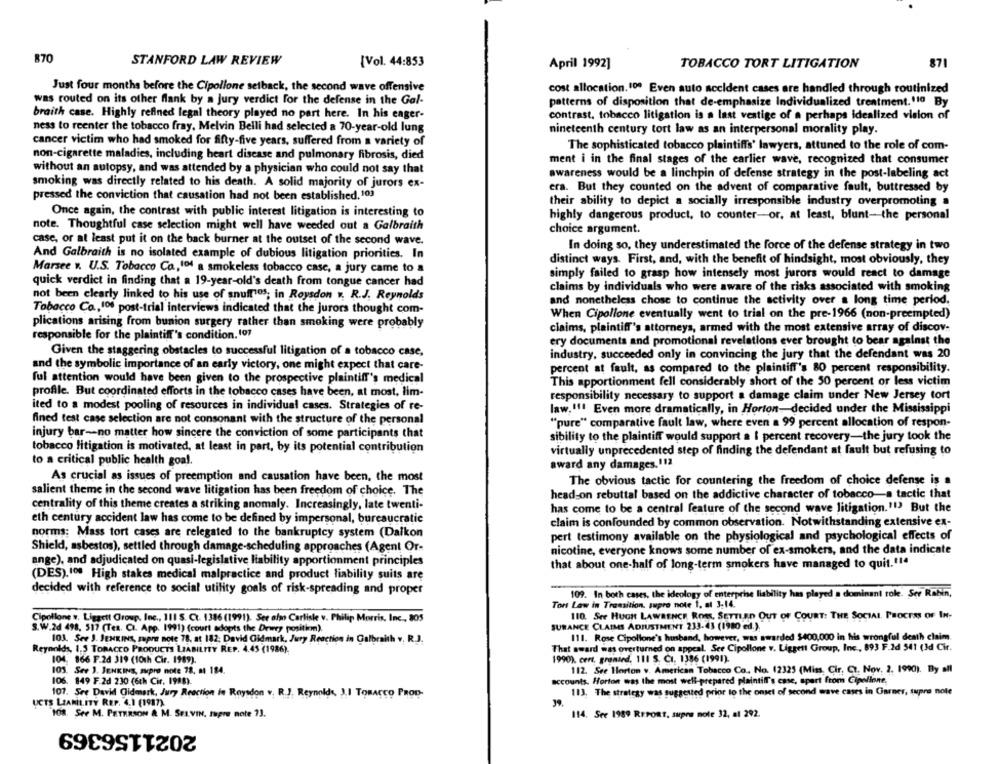
870
STANFORD LAW REVIEW
[Vol. 44:853
April 1992]
TOBACCO TORT LITIGATION
871
Just four months before the Cipollone seiback, the second wave offensive
cost allocation. 100 Even auto accident cases are handled through routinized
was routed on its other flank by a Jury verdict for the defense in the Gal-
patterns of disposition that de-emphasize Individualized treatment. 110 By
braith case. Highly refined legal theory played no part here. In his eager-
contrast, tobacco litigation is a last vestige of a perhaps idealized vision of
ness to reenter the tobacco fray, Melvin Belli had selected a 70-year-old lung
nineteenth century tort law as an interpersonal morality play.
cancer victim who had smoked for fifty-five years, suffered from a variety of
The sophisticated tobacco plaintiffs' lawyers, attuned to the role of com-
non-cigarette maladies, including heart disease and pulmonary fibrosis, died
ment i in the final stages of the earlier wave, recognized that consumer
without an autopsy, and was attended by a physician who could not say that
awareness would be a linchpin of defense strategy in the post-labeling act
smoking was directly related to his death. A solid majority of jurors ex-
era. But they counted on the advent of comparative fault, buttressed by
pressed the conviction that causation had not been established. 103
their ability to depict a socially irresponsible industry overpromoting a
Once again, the contrast with public interest litigation is interesting to
highly dangerous product, to counter-or, at least, blunt-the personal
note. Thoughtful case selection might well have weeded out a Galbraith
choice argument.
case, or at least put it on the back burner at the outset of the second wave.
In doing so, they underestimated the force of the defense strategy in two
And Galbraith is no isolated example of dubious litigation priorities. In
distinct ways. First, and, with the benefit of hindsight, most obviously, they
Marsee v. U.S. Tobacco Ca,14 a smokeless tobacco case, a jury came to a
simply failed to grasp how intensely most jurors would react to damage
quick verdict in finding that a 19-year-old's death from tongue cancer had
claims by individuals who were aware of the risks associated with smoking
not been clearly linked to his use of snuff1os; in Roysdon v. R.J. Reynolds
and nonetheless chose to continue the activity over a long time period.
Tobacco Co,100 post-trial interviews indicated that the jurors thought com-
When Cipollone eventually went to trial on the pre-1966 (non-preempted)
plications arising from bunion surgery rather than smoking were probably
claims, plaintiff's attorneys, armed with the most extensive array of discov-
responsible for the plaintiff's condition. 197
ery documents and promotional revelations ever brought to bear against the
Given the staggering obstacles to successful litigation of a tobacco case,
industry, succeeded only in convincing the jury that the defendant was 20
and the symbolic importance of an early victory, one might expect that care-
percent at fault, as compared to the plaintiff's 80 percent responsibility.
ful attention would have been given to the prospective plaintiff's medical
This apportionment fell considerably short of the 50 percent or less victim
profile. But coordinated efforts in the tobacco cases have been, at most, lim-
responsibility necessary to support a damage claim under New Jersey tort
ited to a modest pooling of resources in individual cases. Strategies of re-
law.11. Even more dramatically, in Horton-decided under the Mississippi
fined test case selection are not consonant with the structure of the personal
"pure" comparative fault law, where even a 99 percent allocation of respon-
injury bar-no matter how sincere the conviction of some participants that
sibility to the plaintiff would support a I percent recovery-the jury took the
tobacco litigation is motivated, at least in part, by its potential contribution
virtually unprecedented step of finding the defendant at fault but refusing to
to a critical public health goal.
award any damages.113
As crucial as issues of preemption and causation have been, the most
The obvious tactic for countering the freedom of choice defense is a
salient theme in the second wave litigation has been freedom of choice. The
head-on rebuttal based on the addictive character of tobacco-a tactic that
centrality of this theme creates a striking anomaly. Increasingly, late twenti-
has come to be a central feature of the second wave litigation."13 But the
eth century accident law has come to be defined by impersonal, bureaucratic
claim is confounded by common observation. Notwithstanding extensive ex-
norms: Mass tort cases are relegated to the bankruptcy system (Daikon
pert testimony available on the physiological and psychological effects of
Shield, asbestos), settled through damage-scheduling approaches (Agent Or-
nicotine, everyone knows some number of ex-smokers, and the data indicate
ange), and adjudicated on quasi-legislative liability apportionment principles
that about one-half of long-term smokers have managed to quit."14
(DES). 100 High stakes medical malpractice and product liability suits are
decided with reference to social utility goals of risk-spreading and proper
109. In both cases, the ideology of enterprise liability has played a dominant tole. Ser Robin,
Tort Law in Transition, supre note 1, et 3,14.
Cipollone v. Liggeit Group, Inc ., 1115. Ct. 1386 (1991). See also Carlisle v. Philip Morris, Inc ., 805
110. See HUGH LAWRENCE ROM, SETTLED OUT OF COURT: THE SOCIAL. PROCESS OF IN-
SURANCE CLAIMS ADJUSTMENT 233-43 (1980 ed.)
S.W.2d 498, 517 (Tes. CI. App. 1991) (court adopts the Dewey position).
103. See J. JENKINS, mipre note 78, at 182; David Gidmark, Jury Reaction in Galbraith v. R.J.
111. Rose Cipollone's husband, however, was awarded $400,000 in his wrongful death claim.
Reynolds, 1.5 TOBACCO PRODUCTS LIABILITY REP. 4.45 (1986).
That sward was overturned on appeal. See Cipollone v. Liggett Group, Inc ., 893 F.2d 541 (3d Cir.
104. 166 F.2d 319 (10ch Cir. 1989).
1990). cert, granted, 111 S. CI. 1386 (1991).
105. See 3. JENKINS, supro note 78, at 184.
112. See Horton v. American Tobacco Co. No. 12325 (Miss. Cir, CT. Nov. 2. 1990). By all
106. 849 F.2d 230 (6th Cir. 1998).
accounts. Horton was the most well-prepared plaintiff's case, apart from Cipollone.
107. Sre David Gidmark, Jury Reaction in Roysdon v. R.J. Reynolds, J.I TOBACCO PROD-
113. The strategy was suggested prior to the onset of second wave cases in Garner, tupro note
UCTS LIABILITY REP. 4.1 (1987).
39,
108. See M. PETERSON & M. SELVIN, Supre note 73.
114. See 1989 REPORT, supre note 32, al 292.
2021156369